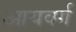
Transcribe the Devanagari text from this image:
आयवर्ग